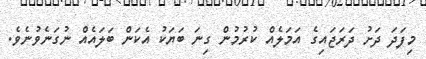
މިފަދަ ދަށު ދަރަޖައިގެ އަމަލެއް ކުރުމުން ގިނަ ބަޔަކު އެކަން ބަލައެއް ނުގަނެވުނެވެ.